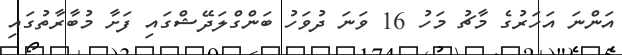
އަންނަ އަހަރުގެ މާޗު މަހު 16 ވަނަ ދުވަހު ބަންގްލަދޭޝްގައި ފަށާ މުބާރާތުގައި